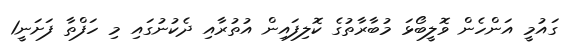
ގައުމީ އަންހެން ވޮލީބޯޅަ މުބާރާތުގެ ކޮލިފައިން އުތުރާއި ދެކުނުގައި މި ހަފްތާ ފަށަނީ1